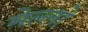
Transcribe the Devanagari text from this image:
मेल्लो